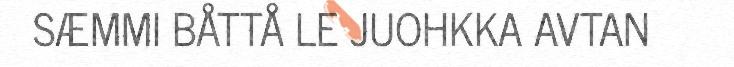
SÆMMI BÅTTÅ LE JUOHKKA AVTAN